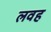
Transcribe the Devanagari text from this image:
लवह